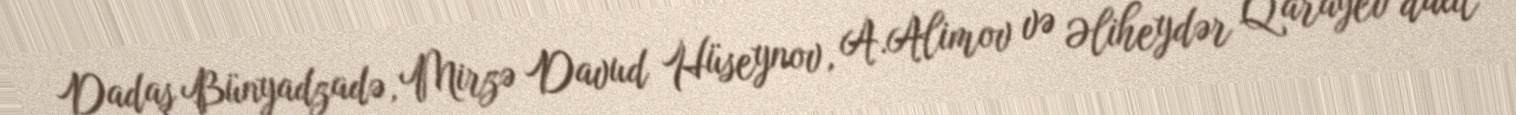
Dadaş Bünyadzadə, Mirzə Davud Hüseynov, A.Alimov və Əliheydər Qarayev daxil